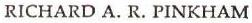
RICHARD A.R. PINKHAM